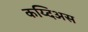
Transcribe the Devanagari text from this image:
कय्दिअस